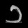
Digit: ၁